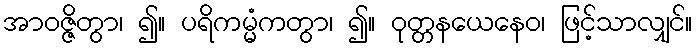
အာဝဇ္ဇိတွာ၊ ၍။ ပရိကမ္မံကတွာ၊ ၍။ ဝုတ္တနယေနေဝ၊ ဖြင့်သာလျှင်။